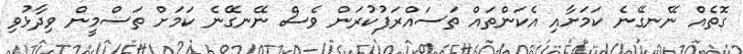
ގޮތެއް ނޭނގޭނެ ކަމަށާއި އެކަންތައް ތަސައްރަފުކުރަން ވެސް ނޭނގޭނެ ކަމަށް ތަސްމީން ވިދާޅުވި